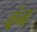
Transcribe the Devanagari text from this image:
वंन